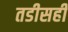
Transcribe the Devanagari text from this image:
तडीसही